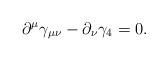
LaTeX: \begin{align*}\partial^\mu \gamma_{ \mu \nu}-\partial_{\nu} \gamma_4=0.\end{align*}